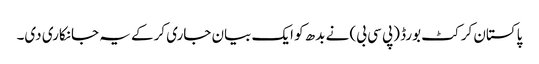
پاکستان کرکٹ بورڈ (پی سی بی) نے بدھ کو ایک بیان جاری کرکے یہ جانکاری دی۔